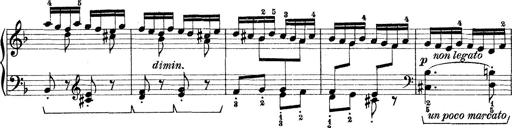
Title: Rapsodie: 19 ungheresi, 1 spagnuola
Composer: Franz Liszt